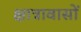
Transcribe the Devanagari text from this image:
क्षात्रावासों